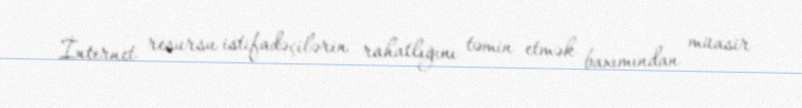
İnternet resursu istifadəçilərin rahatlığını təmin etmək baxımından müasir